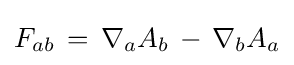
F_{ab}\,=\,\nabla _{a}A_{b}\,-\,\nabla _{b}A_{a}